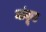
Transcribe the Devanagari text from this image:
मांकूट